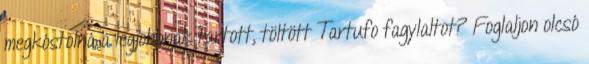
megkóstolná a legjobbnak tartott, töltött Tartufo fagylaltot? Foglaljon olcsó